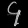
Digit: ၄